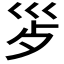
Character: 𭗿